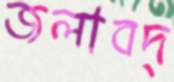
জলাবদ্